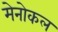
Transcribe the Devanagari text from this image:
मेनोकल